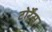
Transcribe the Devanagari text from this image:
टोर्रेंस